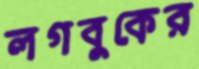
লগবুকের